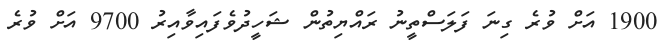
1900 އަށް ވުރެ ގިނަ ފަލަސްތީނު ރައްޔިތުން ޝަހީދުވެފައިވާއިރު 9700 އަށް ވުރެ